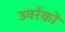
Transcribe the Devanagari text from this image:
उवर्रकों